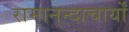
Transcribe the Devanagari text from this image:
रामानन्दाचार्यों